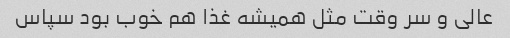
عالی و سر وقت مثل همیشه غذا هم خوب بود سپاس